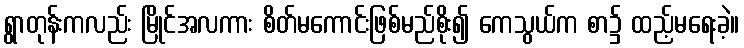
ရွာတုန်းကလည်း မြိုင်အလကား စိတ်မကောင်းဖြစ်မည်စိုး၍ ကေသွယ်က စာ၌ ထည့်မရေးခဲ့။